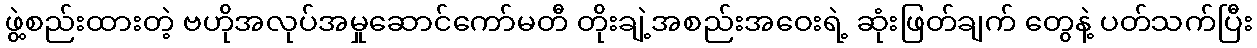
ဖွဲ့စည်းထားတဲ့ ဗဟိုအလုပ်အမှုဆောင်ကော်မတီ တိုးချဲ့အစည်းအဝေးရဲ့ ဆုံးဖြတ်ချက် တွေနဲ့ ပတ်သက်ပြီး